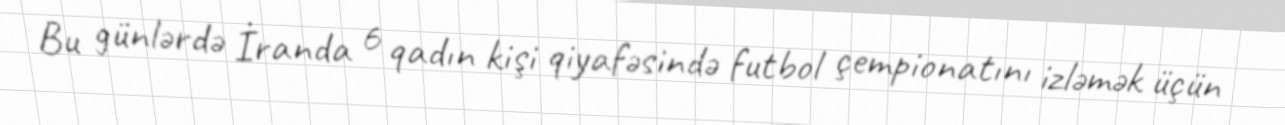
Bu günlərdə İranda 6 qadın kişi qiyafəsində futbol çempionatını izləmək üçün